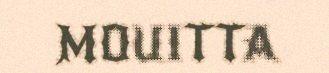
MOUITTA